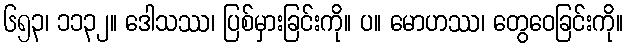
၆၅၃၊ ၁၁၃၂။ ဒေါသဿ၊ ပြစ်မှားခြင်းကို။ ပ။ မောဟဿ၊ တွေဝေခြင်းကို။